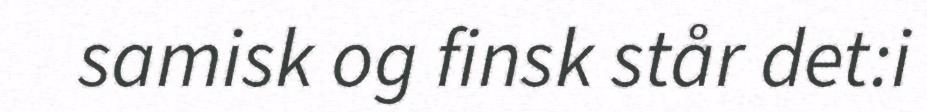
samisk og finsk står det:i